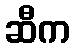
ဆီက